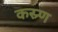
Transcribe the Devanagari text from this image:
कस्र्ण